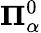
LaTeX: \mathbf{\Pi}_{\alpha}^{0}